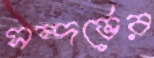
সন্দর্ভের